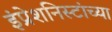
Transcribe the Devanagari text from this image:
इंप्रेशनिस्टांच्या